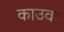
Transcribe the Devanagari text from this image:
काउवा